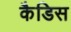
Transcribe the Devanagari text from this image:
कैडिस